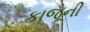
કાજૂની